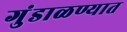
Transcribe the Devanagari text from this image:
गुंडाळण्यात